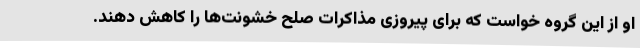
او از این گروه خواست که برای پیروزی مذاکرات صلح خشونت‌ها را کاهش دهند.